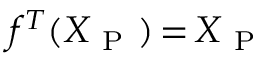
f ^ { T } ( X _ { \mathrm { ~ P ~ } } ) \mathop { = } X _ { \mathrm { ~ P ~ } }